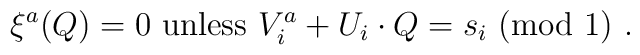
\xi^a (Q)=0~{\mbox{unless}}~V^a_i+ U_i \cdot Q= s_i~({\mbox{mod}}~1)~.